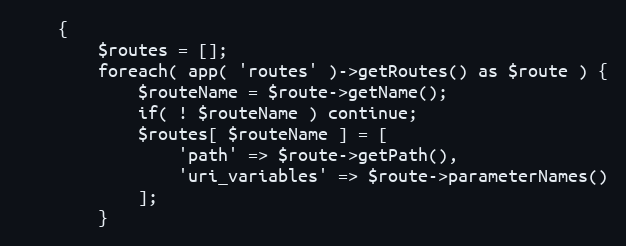
Language: PHP
    {
        $routes = [];
        foreach( app( 'routes' )->getRoutes() as $route ) {
            $routeName = $route->getName();
            if( ! $routeName ) continue;
            $routes[ $routeName ] = [
                'path' => $route->getPath(),
                'uri_variables' => $route->parameterNames()
            ];
        }